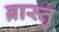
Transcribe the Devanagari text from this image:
ब्रास्तु